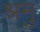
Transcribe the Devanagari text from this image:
श्रमु